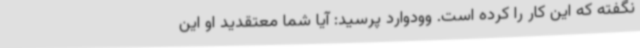
نگفته که این کار را کرده است. وودوارد پرسید: آیا شما معتقدید او این